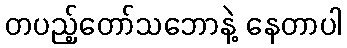
တပည့်တော်သဘောနဲ့ နေတာပါ